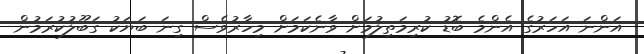
އަންނަ އަހަރުގެ އެންމެ ބޮޑު ކުރިމަތިލުމަށް ވާނެކަމަށް މިހާރުވެސް ގިނަ ބަޔަކު ގަބޫލުކުރަމުން